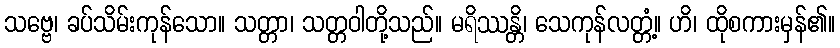
သဗ္ဗေ၊ ခပ်သိမ်းကုန်သော။ သတ္တာ၊ သတ္တဝါတို့သည်။ မရိဿန္တိ၊ သေကုန်လတ္တံ့။ ဟိ၊ ထိုစကားမှန်၏။